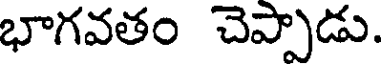
భాగవతం చెప్పాడు.